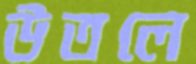
উতলে